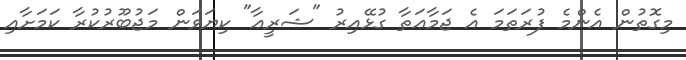
މިގޮތުން އެންމެ ފުރަތަމަ އެ ޖަމާޢަތާ ގުޅޭއިރު "ޝަރީޢާ" ކިޔަވަން މަޖުބޫރުކުރާ ކަމަށާއި